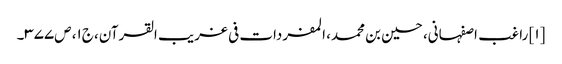
[۱] راغب اصفہانی، حسین بن محمد، المفردات فی غریب القرآن، ج۱، ص۳۷۷۔